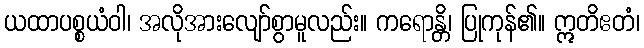
ယထာပစ္စယံဝါ၊ အလိုအားလျော်စွာမူလည်း။ ကရောန္တိ၊ ပြုကုန်၏။ ဣတိဧတံ၊